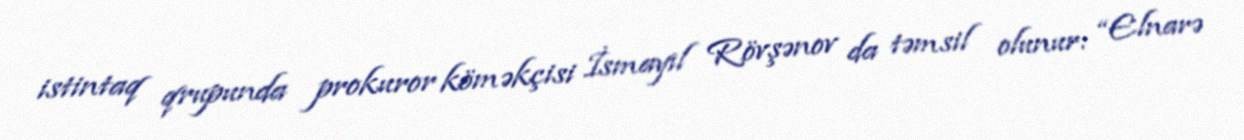
istintaq qrupunda prokuror köməkçisi İsmayıl Rövşənov da təmsil olunur: “Elnarə